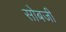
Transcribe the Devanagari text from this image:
सोबजी